Report of the Indian Hemp Drugs Commission, 1894-1895 - Volume IV
Year: 1894
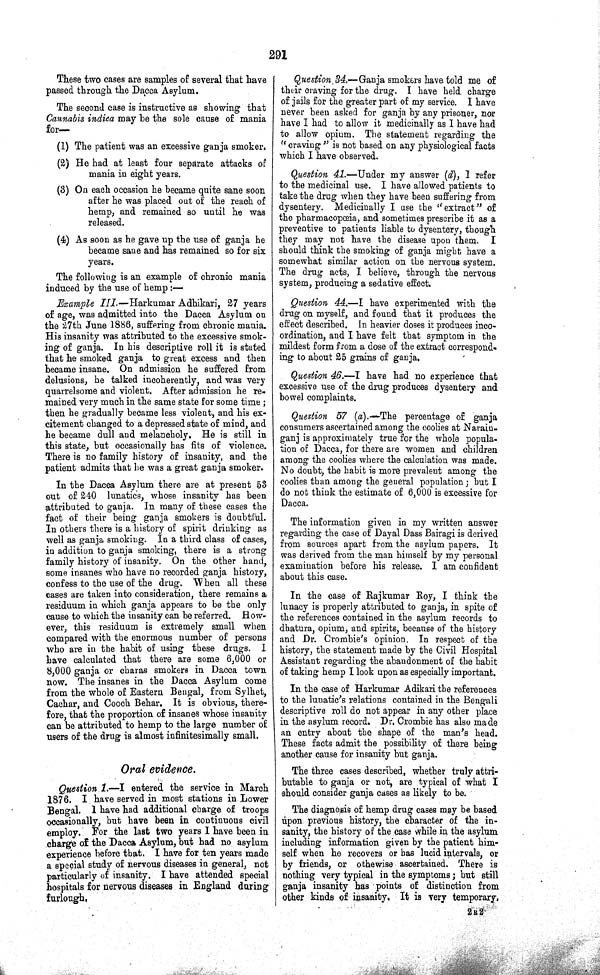
291
These two cases are samples of several that have
passed through the Dacca Asylum.
The second case is instructive as showing that
Cannabis indica may be the sole cause of mania
for—
(1) The patient was an excessive ganja smoker.
(2) He had at least four separate attacks of
mania in eight years.
(3) On each occasion he became quite sane soon
after he was placed out of the reach of
hemp, and remained so until he was
released.
(4) As soon as he gave up the use of ganja he
became saue and has remained so for six
years.
The following is an example of chronic mania
induced by the use of hemp:—
Example III.—Harkumar
Adhikari, 27 years
of age, was admitted into the Dacca Asylum on
the 27th June 1886, suffering from chronic mania.
His insanity was attributed to the excessive smok-
ing of ganja. In his descriptive roll it is stated
that he smoked ganja to great excess and then
became insane. On admission he suffered from
delusions, he talked incoherently, and was very
quarrelsome and violent. After admission he re-
mained very much in the same state for some time;
then he gradually became less violent, and his ex-
citement changed to a depressed state of mind, and
he became dull and melancholy. He is still in
this state, but occasionally has fits of violence.
There is no family history of insanity, and the
patient admits that he was a great ganja smoker.
In the Dacca Asylum there are at present 53
out of 240 lunatics, whose insanity has been
attributed to ganja. In many of these cases the
fact of their being ganja smokers is doubtful.
In others there is a history of spirit drinking as
well as ganja smoking. In a third class of cases,
in addition to ganja smoking, there is a strong
family history of insanity. On the other hand,
some insanes who have no recorded ganja history,
confess to the use of the drug. When all these
cases are taken into consideration, there remains a
residuum in which ganja appears to be the only
cause to which the insanity can be referred. How-
ever, this residuum is extremely small when
compared with the enormous number of persons
who are in the habit of using these drugs. I
have calculated that there are some 6,000 or
8,000 ganja or charas smokers in Dacca town
now. The insanes in the Dacca Asylum come
from the whole of Eastern Bengal, from Sylhet,
Cachar, and Cooch Behar. It is obvious, there-
fore, that the proportion of insanes whose insanity
can be attributed to hemp to the large number of
users of the drug is almost infinitesimally small.
Oral evidence.
Question 1. —I entered the service in March
1876. I have served in most stations in Lower
Bengal. I have had additional charge of troops
occasionally, but have been in continuous civil
employ. For the last two years I have been in
charge of the Dacca Asylum, but had no asylum
experience before that. I have for ten years made
a special study of nervous diseases in general, not
particularly of insanity. I have attended special
hospitals for nervous diseases in England during
furlough,
Question 34.—Ganja smokers have told me of
their craving for the drug. I have held charge
of jails for the greater part of my service. I have
never been asked for ganja by any prisoner, nor
have I had to allow it medicinally as I have had
to allow opium. The statement regarding the
"craving" is not based on any physiological facts
which I have observed.
Question 41.—Under my answer (d), I refer
to the medicinal use. I have allowed patients to
take the drug when they have been suffering from
dysentery. Medicinally I use the "extract" of
the pharmacopœia, and sometimes prescribe it as a
preventive to patients liable to dysentery, though
they may not have the disease upon them.
I
should think the smoking of ganja might have a
somewhat similar action on the nervous system.
The drug acts, I believe, through the nervous
system, producing a sedative effect.
Question 44.—I have experimented with the
drug on myself, and found that it produces the
effect described. In heavier doses it produces inco-
ordination, and I have felt that symptom in the
mildest form from a dose of the extract correspond-
ing to about 25 grains of ganja.
Question 46.—I have had no experience that
excessive use of the drug produces dysentery and
bowel complaints.
Question 57 (a).—The percentage of ganja
consumers ascertained among the coolies at Narain-
ganj is approximately true for the whole popula-
tion of Dacca, for there are women and children
among the coolies where the calculation was made.
No doubt, the habit is more prevalent among the
coolies than among the general population; but I
do not think the estimate of 6,000 is excessive for
Dacca.
The information given in my written answer
regarding the case of Dayal Dass Bairagi is derived
from sources apart from the asylum papers. It
was derived from the man himself by my personal
examination before his release. I am confident
about this case.
In the case of Rajkumar Roy, I think the
lunacy is properly attributed to ganja, in spite of
the references contained in the asylum records to
dhatura, opium, and spirits, because of the history
and Dr. Crombie's opinion. In respect of the
history, the statement made by the Civil Hospital
Assistant regarding the abandonment of the habit
of taking hemp I look upon as especially important.
In the case of Harkumar Adikari the references
to the lunatic's relations contained in the Bengali
descriptive roll do not appear in any other place
in the asylum record. Dr. Crombie has also made
an entry about the shape of the man's head.
These facts admit the possibility of there being
another cause for insanity but ganja.
The three cases described, whether truly attri-
butable to ganja or not, are typical of what I
should consider ganja cases as likely to be.
The diagnosis of hemp drug cases may be based
upon previous history, the character of the in-
sanity, the history of the case while in the asylum
including information given by the patient him-
self when he recovers or has lucid intervals, or
by friends, or othewise ascertained. There is
nothing very typical in the symptoms; but still
ganja insanity has points of distinction from
other kinds of insanity. It is very temporary.
2 R 2